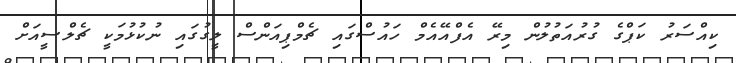
ކިއްސަރު ކަޕްގެ ގުރުއަތުލުން މިރޭ އެފްއޭއެމް ހައުސްގައި ޗެމްޕިއަންސް ލީގުގައި ނުކުޅުމަކީ ޗެލްސީއަށް